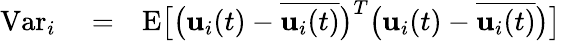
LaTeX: \begin{array}{rlr}{\mathrm{Var}_{i}}&{{}=}&{\mathrm{E}\big[\big({\mathbf{u}}_{i}(t)-\overline{{{\mathbf{u}}_{i}(t)}}\big)^{T}\big({\mathbf{u}}_{i}(t)-\overline{{{\mathbf{u}}_{i}(t)}}\big)\big]}\end{array}